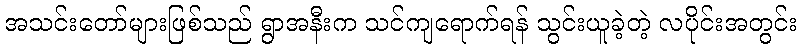
အသင်းတော်များဖြစ်သည် ရွာအနီးက သင်ကျရောက်ရန် သွင်းယူခဲ့တဲ့ လပိုင်းအတွင်း